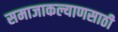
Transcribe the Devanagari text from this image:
समाजाकल्याणसाठी